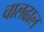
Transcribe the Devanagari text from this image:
चालढाल